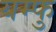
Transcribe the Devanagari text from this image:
यम्फु